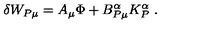
\delta W _ { P \mu } = A _ { \mu } \Phi + B _ { P \mu } ^ { \alpha } K _ { P } ^ { \alpha } \ .